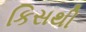
કિસથી